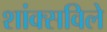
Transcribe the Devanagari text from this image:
शांक्सविले